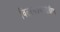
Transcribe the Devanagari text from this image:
वितरणप्रकारांतील